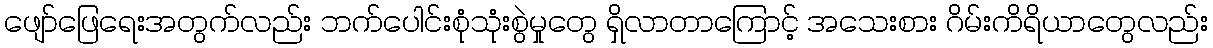
ဖျော်ဖြေရေးအတွက်လည်း ဘက်ပေါင်းစုံသုံးစွဲမှုတွေ ရှိလာတာကြောင့် အသေးစား ဂိမ်းကိရိယာတွေလည်း